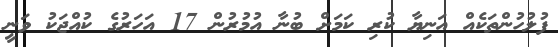
ފުލުހުންތަކެއް އަނިޔާ ކުރި ކަމަށް ބުނާ އުމުރުން 17 އަހަރުގެ ކުއްޖަކު ވަނީ